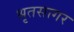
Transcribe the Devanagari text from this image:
श्रृतसागर